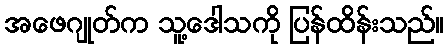
အဖေဂျုတ်က သူ့ဒေါသကို ပြန်ထိန်းသည်။